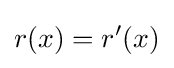
r(x)=r'(x)